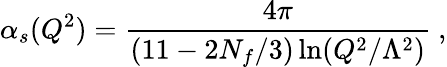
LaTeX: \alpha_{s}(Q^{2})=\frac{4\pi}{(11-2N_{f}/3)\ln(Q^{2}/\Lambda^{2})}\ ,